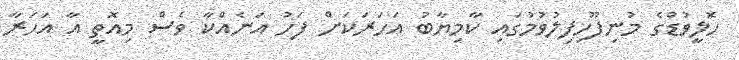
ހޮލީވުޑްގެ މުނިފޫހިފިލުވުމުގައި ކާމިޔާބު އަހަރަކަށް ފަހު އަނެއްކާ ވެސް މިއޮތީ އާ އަހަރާ